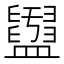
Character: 𥃖